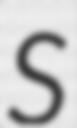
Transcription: S